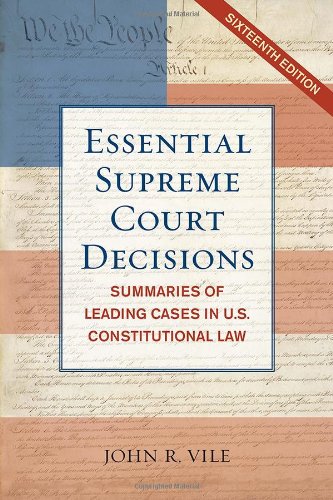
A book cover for Essential Supreme Court Decisions: Summaries of Leading Cases in U.S. Constitutional Law; John R. Vile; Law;